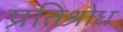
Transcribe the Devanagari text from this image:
प्रतिश्रोध